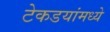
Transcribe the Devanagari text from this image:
टेकडयांमध्ये